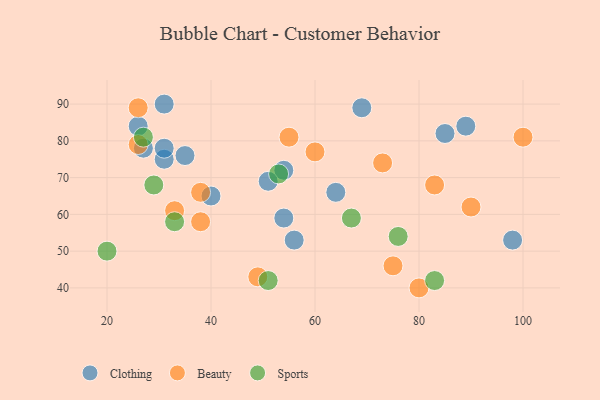
{"axis": {"x": "GDP", "y": "Life Expectancy"}, "legend": ["Beauty", "Clothing", "Sports"], "data": [{"x": "54", "y": 72, "type": "Clothing"}, {"x": "98", "y": 53, "type": "Clothing"}, {"x": "69", "y": 89, "type": "Clothing"}, {"x": "54", "y": 59, "type": "Clothing"}, {"x": "31", "y": 90, "type": "Clothing"}, {"x": "64", "y": 66, "type": "Clothing"}, {"x": "51", "y": 69, "type": "Clothing"}, {"x": "26", "y": 84, "type": "Clothing"}, {"x": "31", "y": 75, "type": "Clothing"}, {"x": "85", "y": 82, "type": "Clothing"}, {"x": "35", "y": 76, "type": "Clothing"}, {"x": "40", "y": 65, "type": "Clothing"}, {"x": "56", "y": 53, "type": "Clothing"}, {"x": "31", "y": 78, "type": "Clothing"}, {"x": "89", "y": 84, "type": "Clothing"}, {"x": "27", "y": 78, "type": "Clothing"}, {"x": "83", "y": 68, "type": "Beauty"}, {"x": "75", "y": 46, "type": "Beauty"}, {"x": "100", "y": 81, "type": "Beauty"}, {"x": "55", "y": 81, "type": "Beauty"}, {"x": "60", "y": 77, "type": "Beauty"}, {"x": "90", "y": 62, "type": "Beauty"}, {"x": "49", "y": 43, "type": "Beauty"}, {"x": "38", "y": 66, "type": "Beauty"}, {"x": "26", "y": 79, "type": "Beauty"}, {"x": "33", "y": 61, "type": "Beauty"}, {"x": "80", "y": 40, "type": "Beauty"}, {"x": "26", "y": 89, "type": "Beauty"}, {"x": "73", "y": 74, "type": "Beauty"}, {"x": "38", "y": 58, "type": "Beauty"}, {"x": "51", "y": 42, "type": "Sports"}, {"x": "67", "y": 59, "type": "Sports"}, {"x": "53", "y": 71, "type": "Sports"}, {"x": "33", "y": 58, "type": "Sports"}, {"x": "83", "y": 42, "type": "Sports"}, {"x": "20", "y": 50, "type": "Sports"}, {"x": "29", "y": 68, "type": "Sports"}, {"x": "27", "y": 81, "type": "Sports"}, {"x": "76", "y": 54, "type": "Sports"}]}